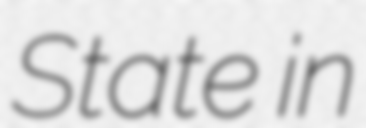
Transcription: State in